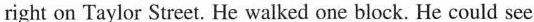
right on Taylor Street. He walked one block. He could see